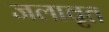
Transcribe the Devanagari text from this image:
जलावृत